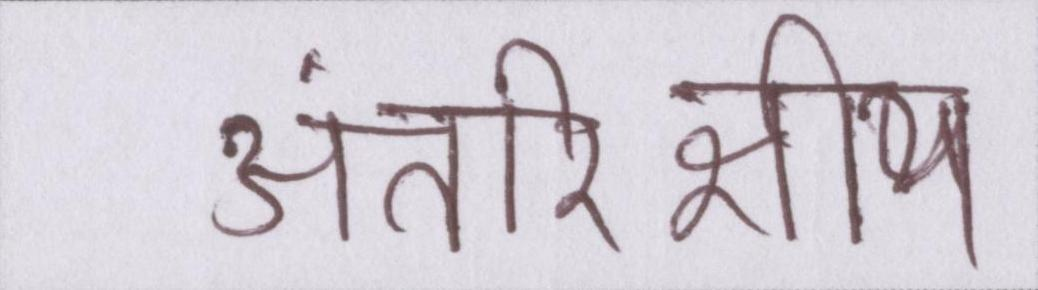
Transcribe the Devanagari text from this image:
अंतरिक्षीय